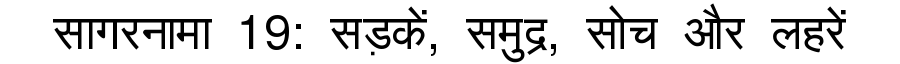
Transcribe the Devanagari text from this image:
सागरनामा 19: सड़कें, समुद्र, सोच और लहरें